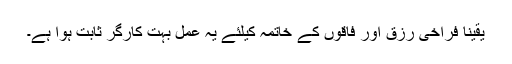
یقیناً فراخی رزق اور فاقوں کے خاتمہ کیلئے یہ عمل بہت کارگر ثابت ہوا ہے۔